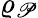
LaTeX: \varrho_{\mathscr{P}}